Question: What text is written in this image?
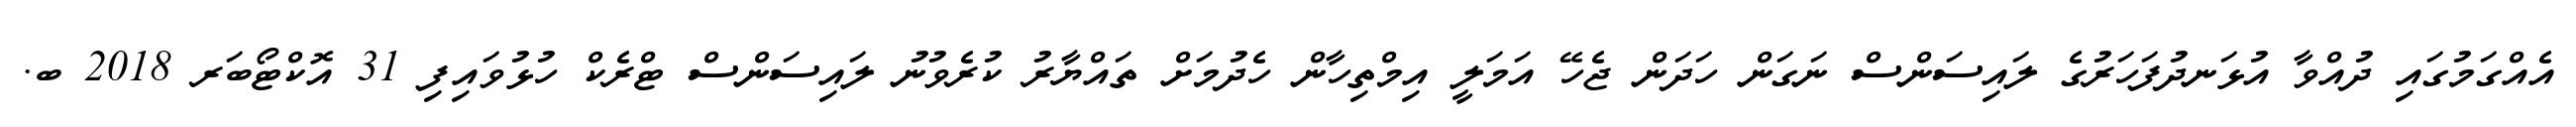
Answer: އެއްގަމުގައި ދުއްވާ އުޅަނދުފަހަރުގެ ލައިސަންސް ނަގަން ހަދަން ޖެހޭ އަމަލީ އިމްތިހާން ހެދުމަށް ތައްޔާރު ކުރެވުނު ލައިސަންސް ޓްރެކް ހުޅުވައިފި 31 އޮކްޓޯބަރ 2018 ބ.